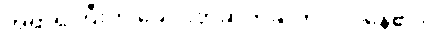
အရာရှိကြီးက ခေါင်းတဆတ်ဆတ် လုပ်နေ၏။